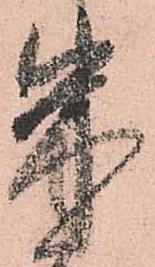
朱